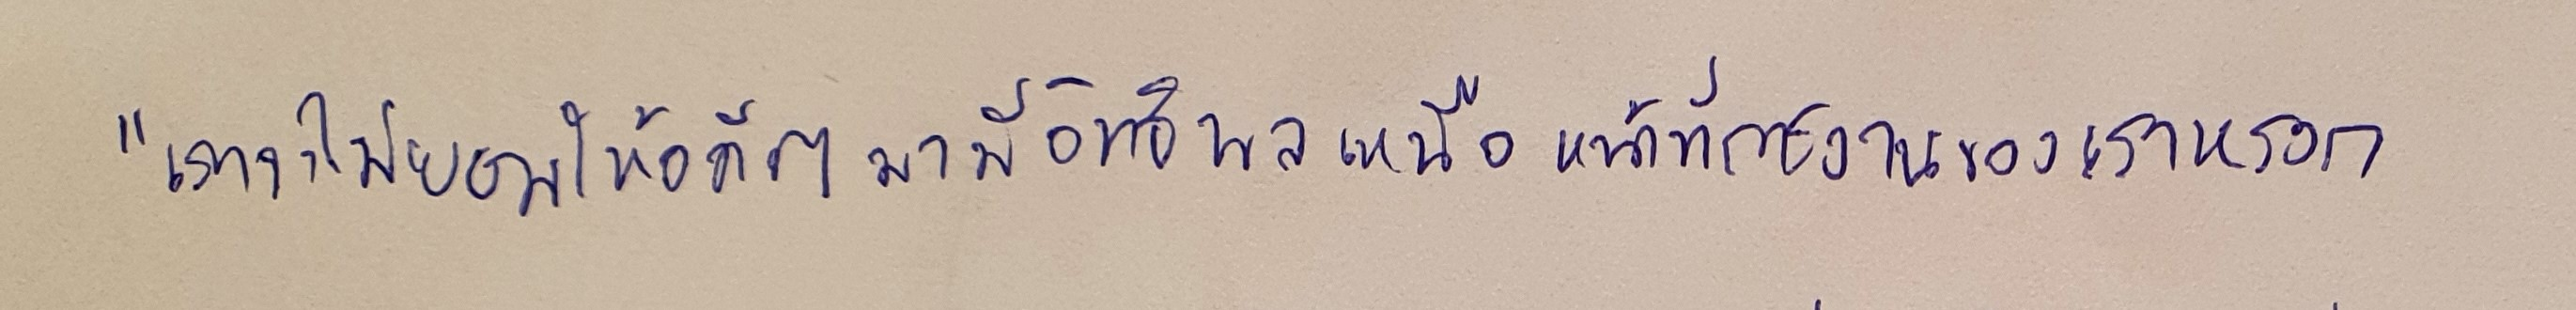
"เราจะไม่ยอมให้อดีตมามีอิทธิพลเหนือหน้าที่การงานของเราหรอก